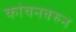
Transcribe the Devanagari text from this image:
कांचनवरुन